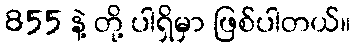
855 နဲ့ တို့ ပါရှိမှာ ဖြစ်ပါတယ်။